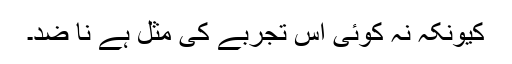
کیونکہ نہ کوئی اس تجربے کی مثل ہے نا ضد۔